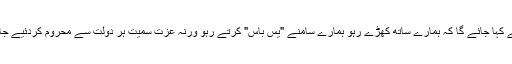
آپ سے کہا جائے گا کہ ہمارے ساتھ کھڑے رہو ہمارے سامنے "یس باس" کرتے رہو ورنہ عزت سمیت ہر دولت سے محروم کردئیے جاؤ گے۔